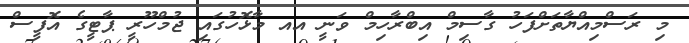
މި ރަސްމިއްޔާތަށްފަހު ގާސިމް އިބްރާހިމް ވަނީ އއ މާޅޮހުގައި ޖުމްހޫރީ ޕާޓީގެ އޮފީސް